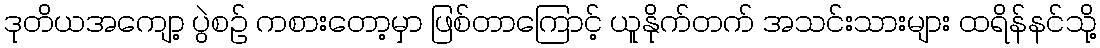
ဒုတိယအကျော့ ပွဲစဉ် ကစားတော့မှာ ဖြစ်တာကြောင့် ယူနိုက်တက် အသင်းသားများ ထရိန်နင်သို့